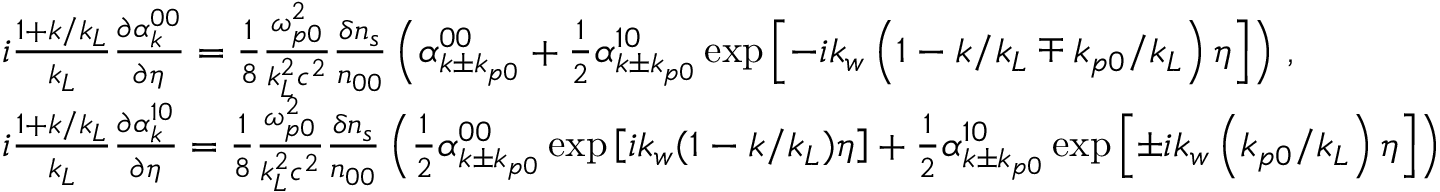
\begin{array} { r l } & { i \frac { 1 + k / k _ { L } } { k _ { L } } \frac { \partial \alpha _ { k } ^ { 0 0 } } { \partial \eta } = \frac { 1 } { 8 } \frac { \omega _ { p 0 } ^ { 2 } } { k _ { L } ^ { 2 } c ^ { 2 } } \frac { \delta n _ { s } } { n _ { 0 0 } } \left( \alpha _ { k \pm k _ { p 0 } } ^ { 0 0 } + \frac { 1 } { 2 } \alpha _ { k \pm k _ { p 0 } } ^ { 1 0 } \exp \left[ - i k _ { w } \left( 1 - k / k _ { L } \mp k _ { p 0 } / k _ { L } \right) \eta \right] \right) \, , } \\ & { i \frac { 1 + k / k _ { L } } { k _ { L } } \frac { \partial \alpha _ { k } ^ { 1 0 } } { \partial \eta } = \frac { 1 } { 8 } \frac { \omega _ { p 0 } ^ { 2 } } { k _ { L } ^ { 2 } c ^ { 2 } } \frac { \delta n _ { s } } { n _ { 0 0 } } \left( \frac { 1 } { 2 } \alpha _ { k \pm k _ { p 0 } } ^ { 0 0 } \exp \left[ i k _ { w } ( 1 - k / k _ { L } ) \eta \right] + \frac { 1 } { 2 } \alpha _ { k \pm k _ { p 0 } } ^ { 1 0 } \exp \left[ \pm i k _ { w } \left( k _ { p 0 } / k _ { L } \right) \eta \right] \right) } \end{array}